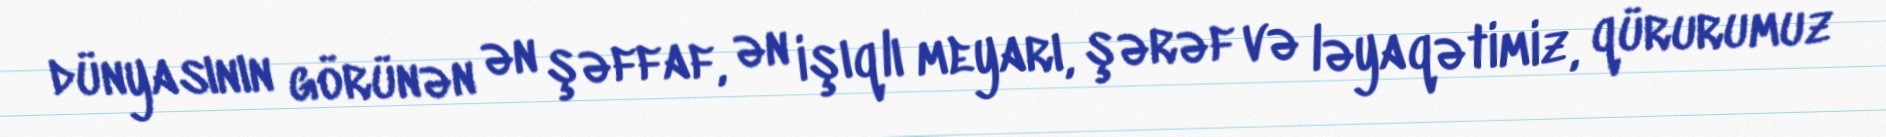
dünyasının görünən ən şəffaf, ən işıqlı meyarı, şərəf və ləyaqətimiz, qürurumuz